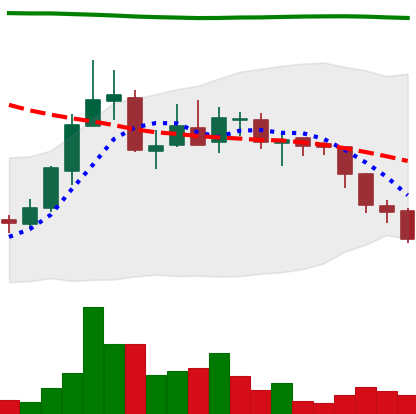
Ticker: ADA-USD
Chart end date: 2018-08-02
Forward return: -4.974%
Label: down_3_5